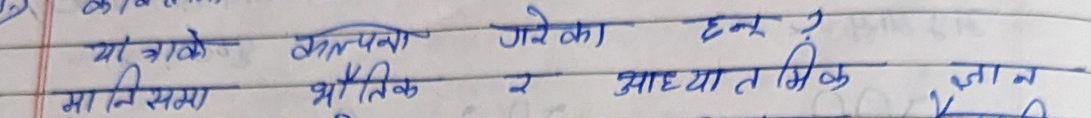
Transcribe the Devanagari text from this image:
यात्राम्रो कल्पना गरेका छन् ?
मा निसमा भौतिक र आध्यात्मिक ज्ञान